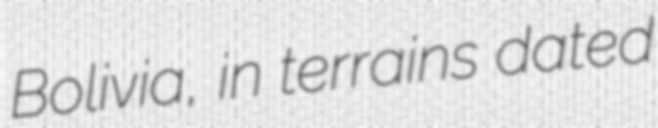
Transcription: Bolivia, in terrains dated